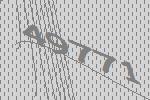
49771